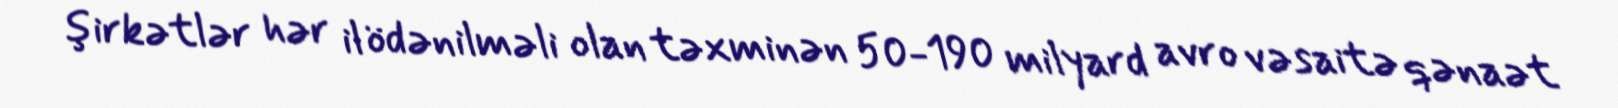
şirkətlər hər il ödənilməli olan təxminən 50-190 milyard avro vəsaitə qənaət